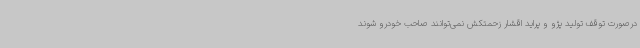
درصورت توقف تولید پژو و پراید اقشار زحمتکش نمی‌توانند صاحب خودرو شوند